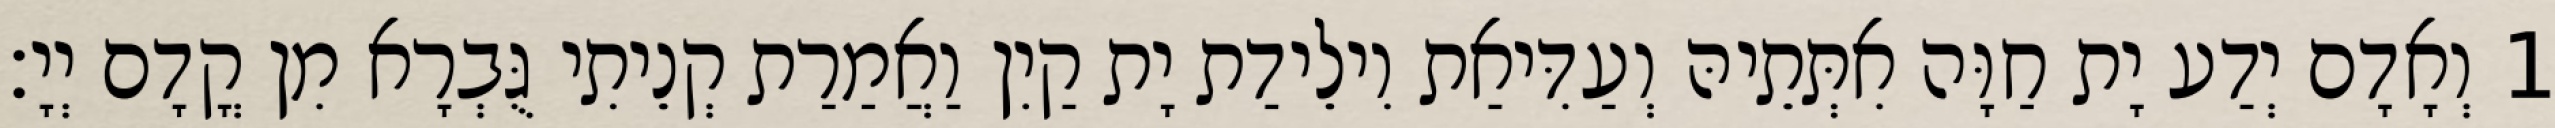
1 וְאָדָם יְדַע יָת חַוָּה אִתְּתֵיהּ וְעַדִּיאַת וִילֵידַת יָת קַיִן וַאֲמַרַת קְנֵיתִי גֻּבְרָא מִן קֳדָם יְיָ׃